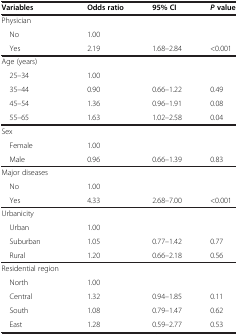
| Variables | Odds ratio | 95% CI | P value |
 | --- | --- | --- | --- |
 | Physician |  |  |  |
 | No | 1.00 |  |  |
 | Yes | 2.19 | 1.68–2.84 | <0.001 |
 | Age (years) |  |  |  |
 | 25–34 | 1.00 |  |  |
 | 35–44 | 0.90 | 0.66–1.22 | 0.49 |
 | 45–54 | 1.36 | 0.96–1.91 | 0.08 |
 | 55–65 | 1.63 | 1.02–2.58 | 0.04 |
 | Sex |  |  |  |
 | Female | 1.00 |  |  |
 | Male | 0.96 | 0.66–1.39 | 0.83 |
 | Major diseases |  |  |  |
 | No | 1.00 |  |  |
 | Yes | 4.33 | 2.68–7.00 | <0.001 |
 | Urbanicity |  |  |  |
 | Urban | 1.00 |  |  |
 | Suburban | 1.05 | 0.77–1.42 | 0.77 |
 | Rural | 1.20 | 0.66–2.18 | 0.56 |
 | Residential region |  |  |  |
 | North | 1.00 |  |  |
 | Central | 1.32 | 0.94–1.85 | 0.11 |
 | South | 1.08 | 0.79–1.47 | 0.62 |
 | East | 1.28 | 0.59–2.77 | 0.53 |